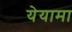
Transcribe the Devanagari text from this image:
येयामा